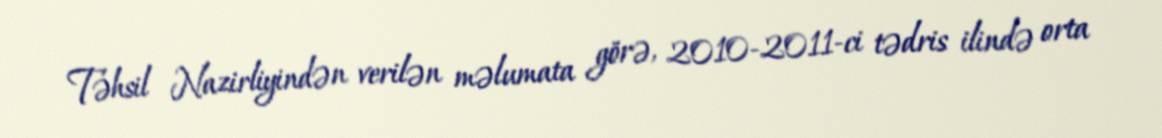
Təhsil Nazirliyindən verilən məlumata görə, 2010-2011-ci tədris ilində orta